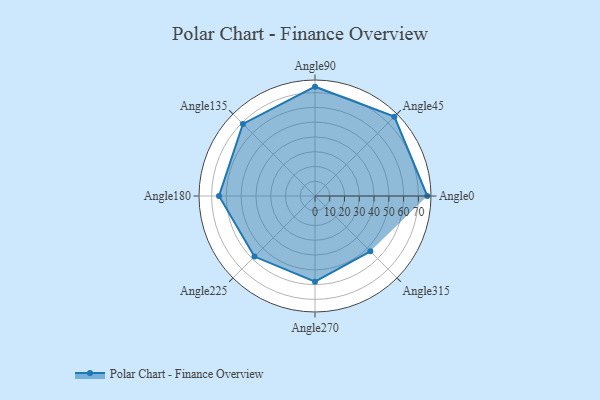
{"axis": {"x": "Angle", "y": "Radius"}, "legend": [""], "data": [{"x": "Angle0", "y": 76.0, "type": ""}, {"x": "Angle45", "y": 76.0, "type": ""}, {"x": "Angle90", "y": 74.0, "type": ""}, {"x": "Angle135", "y": 69.0, "type": ""}, {"x": "Angle180", "y": 65.0, "type": ""}, {"x": "Angle225", "y": 58.0, "type": ""}, {"x": "Angle270", "y": 58.0, "type": ""}, {"x": "Angle315", "y": 53.0, "type": ""}]}